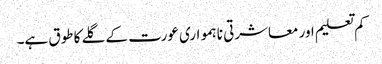
کم تعلیم اور معاشرتی نا ہمواری عورت کے گلے کا طوق ہے۔